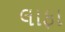
લાફા